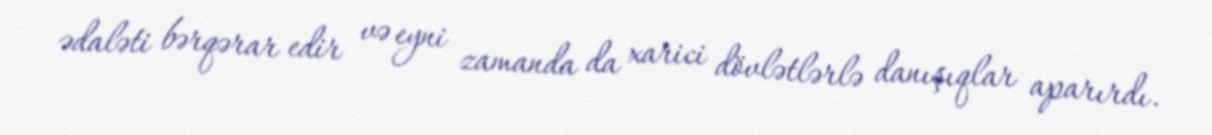
ədaləti bərqərar edir və eyni zamanda da xarici dövlətlərlə danışıqlar aparırdı.